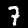
Label: 7